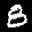
Label: 8